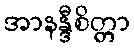
အာနန္ဒီစိတ္တာ